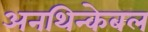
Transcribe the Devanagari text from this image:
अनथिन्केबल